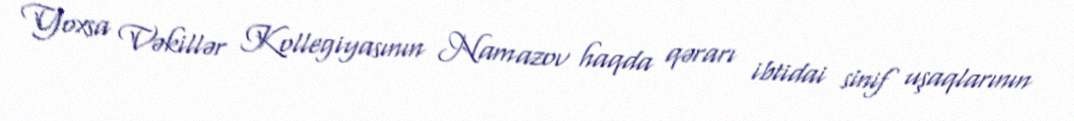
Yoxsa Vəkillər Kollegiyasının Namazov haqda qərarı ibtidai sinif uşaqlarının